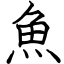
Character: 魚